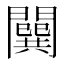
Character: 𨶷